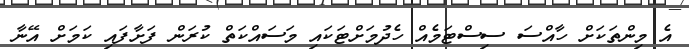
އެ މިންތަކަށް ހާއްސަ ސިސްޓަމެއް ހެދުމަށްޓަކައި މަސައްކަތް ކުރަން ފަށާފައި ކަމަށް އޭނާ